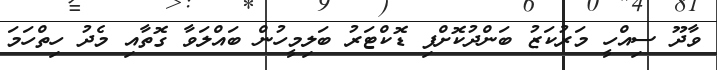
ވާދޫ ސިއްހީ މަރުކަޒު ބަންދުކޮށްފި ޑޮކްޓަރު ބަލިމީހުން ބައްލަވާ ގޮތާއި މެދު ހިތްހަމަ